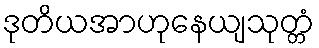
ဒုတိယအာဟုနေယျသုတ္တံ